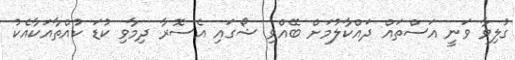
ގުލިވާ ވަނީ އަސްތައް ދައްކާލުމަށް ބޭއްވި ޝޯގައި އެސޮރާ ދިމާވި ކުޑަ ކުއްތާއަކާއެކު